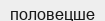
половецше